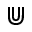
\Cup